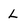
Character: l